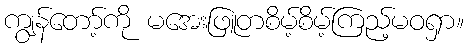
ကျွန်တော့်ကို မအေးဖြူတစိမ့်စိမ့်ကြည့်မဝရှာ။